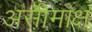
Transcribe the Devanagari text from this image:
असीमाक्ष